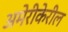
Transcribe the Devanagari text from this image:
अमेरीकेरील